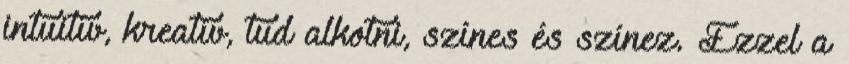
intuitív, kreatív, tud alkotni, színes és színez. Ezzel a